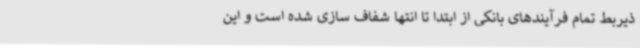
ذیربط تمام فرآیندهای بانکی از ابتدا تا انتها شفاف سازی شده است و این